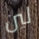
لين